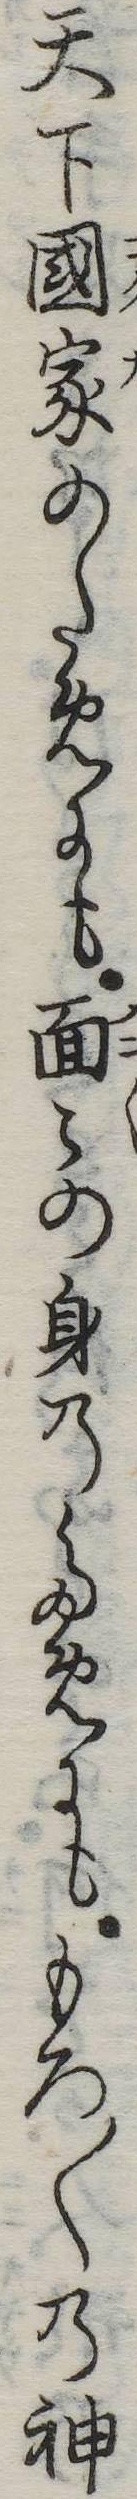
天下国家のためにも面の身のためにももろ〱の神